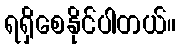
ရရှိစေနိုင်ပါတယ်။